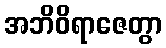
အဘိဝိရာဇေတွာ